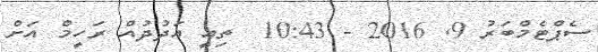
ސެޕްޓެމްބަރު 9